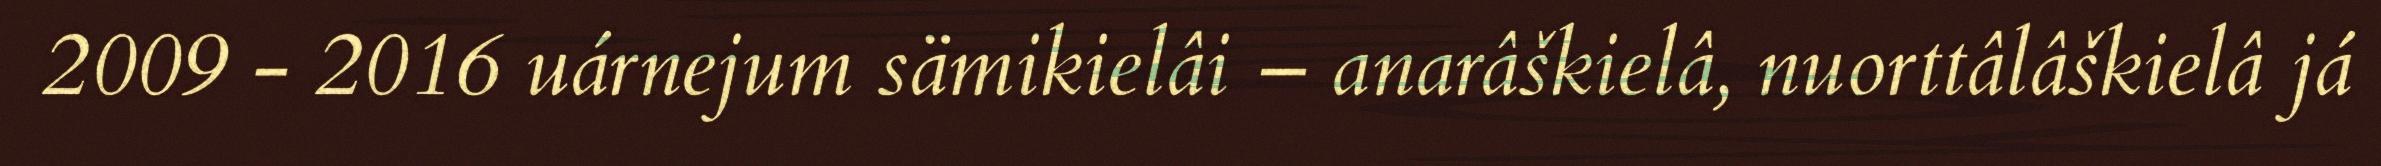
2009 - 2016 uárnejum sämikielâi – anarâškielâ, nuorttâlâškielâ já